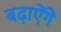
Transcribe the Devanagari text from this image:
बढ़ाऐेंगे